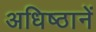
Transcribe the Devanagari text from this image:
अधिष्ठानें